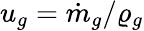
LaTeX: u_{g}=\dot{m}_{g}/\varrho_{g}